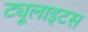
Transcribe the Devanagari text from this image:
ट्यूलाइटस